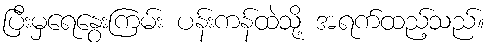
ပြီးမှရေနွေးကြမ်း ပန်းကန်ထဲသို့ အရက်ထည့်သည်။